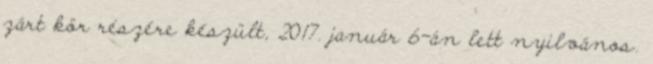
zárt kör részére készült, 2017. január 6-án lett nyilvános.